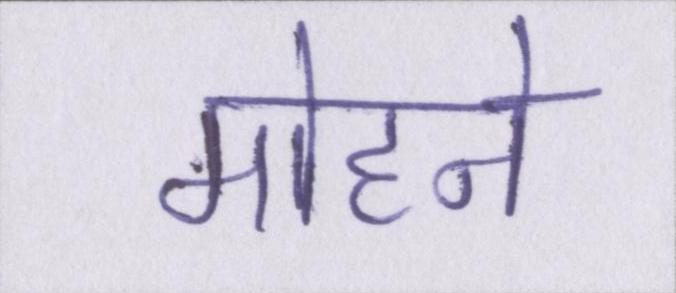
मोहने